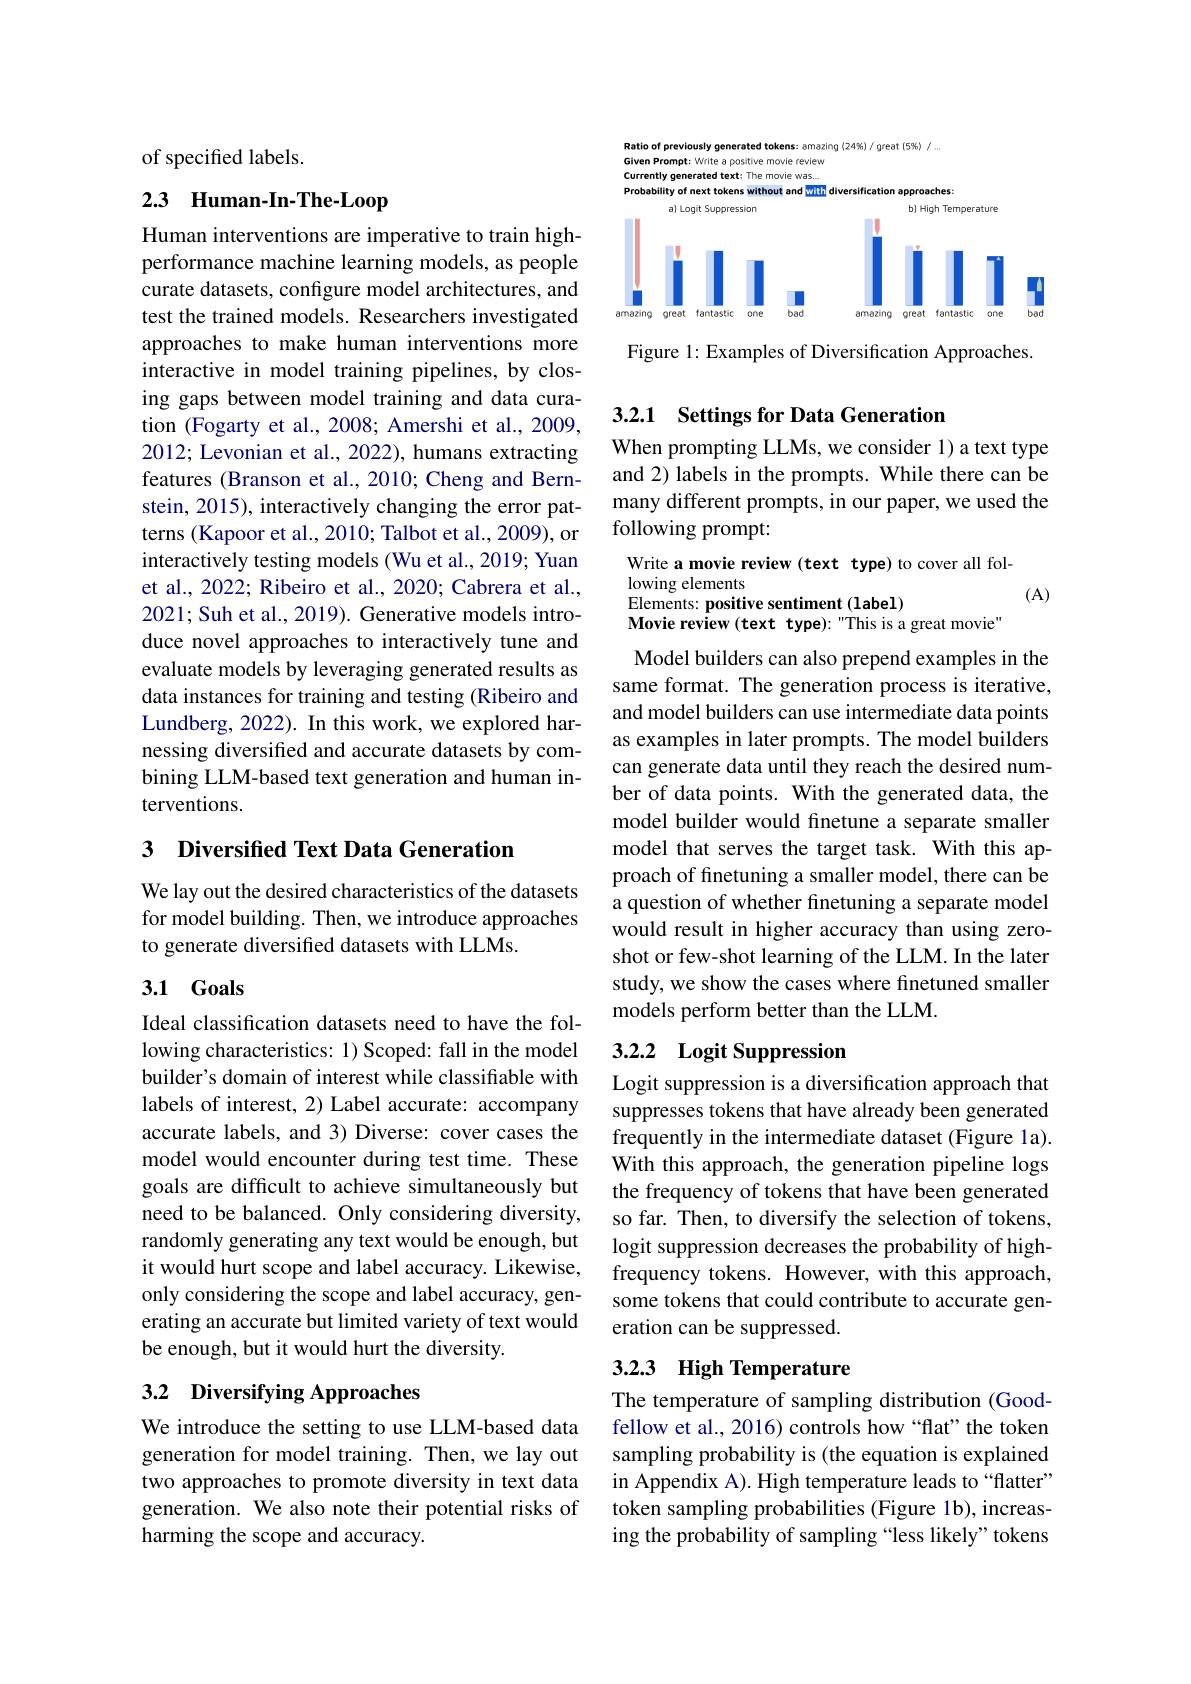
of specified labels.

## 2.3 Human-In-The-Loop

Human interventions are imperative to train highperformance machine learning models, as people curate datasets, configure model architectures, and test the trained models. Researchers investigated approaches to make human interventions more interactive in model training pipelines, by closing gaps between model training and data curation (Fogarty et al., 2008; Amershi et al., 2009, 2012; Levonian et al., 2022), humans extracting features (Branson et al., 2010; Cheng and Bernstein, 2015), interactively changing the error patterns (Kapoor et al., 2010; Talbot et al., 2009), or interactively testing models (Wu et al., 2019; Yuan et al., 2022; Ribeiro et al., 2020; Cabrera et al., 2021; Suh et al., 2019). Generative models introduce novel approaches to interactively tune and evaluate models by leveraging generated results as data instances for training and testing (Ribeiro and Lundberg, 2022). In this work, we explored harnessing diversified and accurate datasets by combining LLM-based text generation and human interventions.

### 3 Diversified Text Data Generation

We lay out the desired characteristics of the datasets for model building. Then, we introduce approaches to generate diversified datasets with LLMs.

### 3.1 Goals

Ideal classification datasets need to have the following characteristics: 1) Scoped: fall in the model builder's domain of interest while classifiable with labels of interest, 2) Label accurate: accompany accurate labels, and 3) Diverse: cover cases the model would encounter during test time. These goals are difficult to achieve simultaneously but need to be balanced. Only considering diversity, randomly generating any text would be enough, but it would hurt scope and label accuracy. Likewise, only considering the scope and label accuracy, generating an accurate but limited variety of text would be enough, but it would hurt the diversity.

## 3.2 Diversifying Approaches

We introduce the setting to use LLM-based data generation for model training. Then, we lay out two approaches to promote diversity in text data generation. We also note their potential risks of harming the scope and accuracy.

<FigureHere>

Figure 1: Examples of Diversification Approaches.

## 3.2.1 Settings for Data Generation

When prompting LLMs, we consider 1) a text type and 2) labels in the prompts. While there can be many different prompts, in our paper, we used the following prompt:

Write a movie review (text type) to cover all fol-
lowing elements
(A)
Elements: positive sentiment (label)
Movie review (text type): "This is a great movie"

Model builders can also prepend examples in the same format. The generation process is iterative, and model builders can use intermediate data points as examples in later prompts. The model builders can generate data until they reach the desired number of data points. With the generated data, the model builder would fnetune a separate smaller model that serves the target task. With this approach of finetuning a smaller model, there can be a question of whether finetuning a separate model would result in higher accuracy than using zeroshot or few-shot learning of the LLM. In the later study, we show the cases where finetuned smaller models perform better than the LLM.

# 3.2.2 Logit Suppression

Logit suppression is a diversification approach that suppresses tokens that have already been generated frequently in the intermediate dataset (Figure 1a). With this approach, the generation pipeline logs the frequency of tokens that have been generated so far. Then, to diversify the selection of tokens, logit suppression decreases the probability of highfrequency tokens. However, with this approach, some tokens that could contribute to accurate generation can be suppressed.

## 3.2.3 High Temperature

The temperature of sampling distribution (Goodfellow et al., 2016) controls how “flat" the token sampling probability is (the equation is explained in Appendix A). High temperature leads to“flatter” token sampling probabilities (Figure 1b), increasing the probability of sampling “less likely” tokens